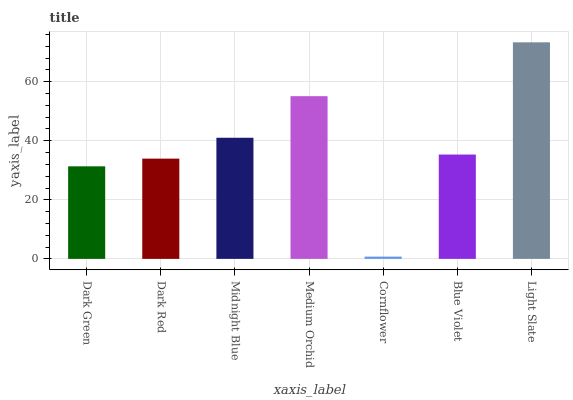
| xaxis_label | bars |
 | --- | --- |
 | Dark Green | 31.3 |
 | Dark Red | 34 |
 | Midnight Blue | 41 |
 | Medium Orchid | 55.1 |
 | Cornflower | 0.766 |
 | Blue Violet | 35.3 |
 | Light Slate | 73.3 |